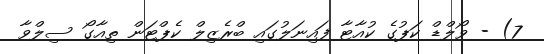
7) - ވޯލްޑް ކަޕުގެ ކުއާޓާ ފައިނަލުގައި ބްރެޒިލް ކެޕްޓަން ތިއާގޯ ސިލްވާ